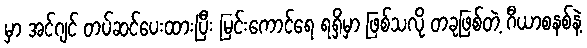
မှာ အင်ဂျင် တပ်ဆင်ပေးထားပြီး မြင်းကောင်ရေ ရရှိမှာ ဖြစ်သလို တခုဖြစ်တဲ့ ဂီယာစနစ်နဲ့